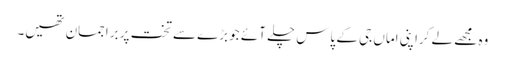
وہ مجھے لے کراپنی اماں جی کے پاس چلے آئے جو بڑے سے تخت پر براجمان تھیں۔